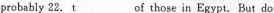
probably 22. t ___ of those in Egypt. But do